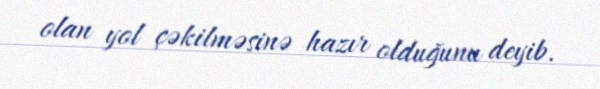
olan yol çəkilməsinə hazır olduğunu deyib.